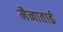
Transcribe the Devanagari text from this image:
मैनाताई